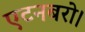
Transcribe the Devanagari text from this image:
एटनबरो।